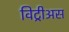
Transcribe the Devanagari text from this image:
विट्रीअस